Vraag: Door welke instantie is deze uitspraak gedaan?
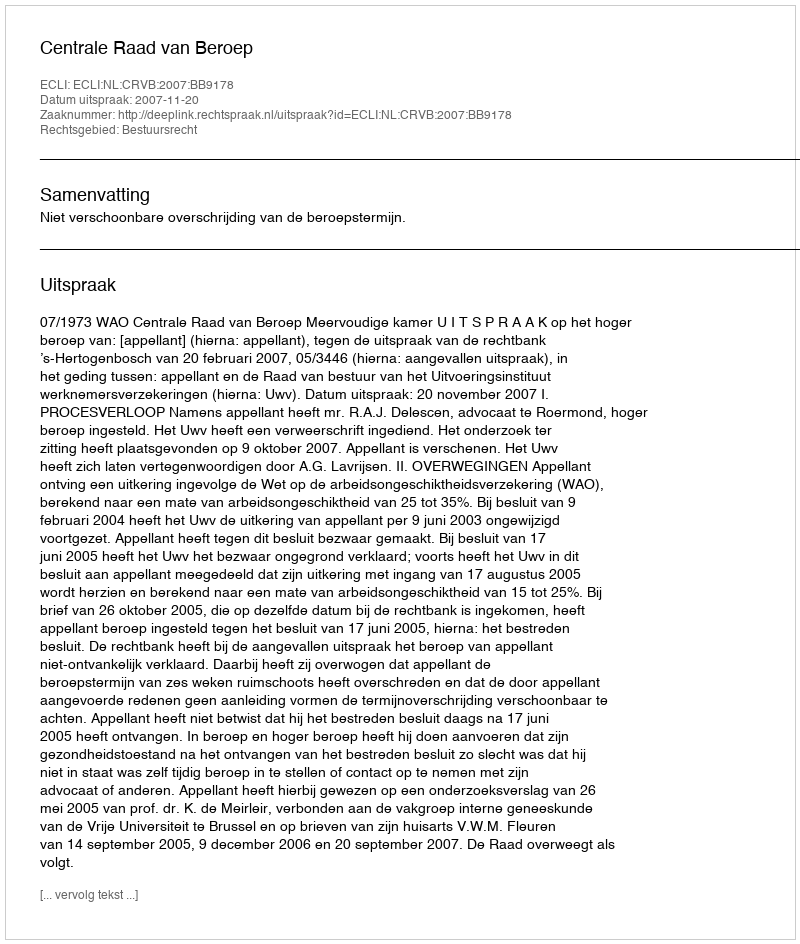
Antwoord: Centrale Raad van Beroep